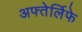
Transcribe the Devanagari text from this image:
अफ्तेर्लिफे